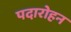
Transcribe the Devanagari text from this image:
पदारोहन